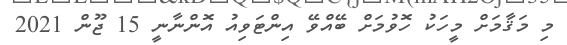
މި މަޤާމަށް މީހަކު ހޮވުމަށް ބޭއްވޭ އިންޓަވިއު އޮންނާނީ 15 ޖޫން 2021